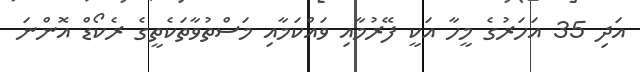
އަދި 35 އަހަރުގެ މީހާ އަކީ ފޭރުމާއި ވައްކަމާއި މަސްތުވާތަކެތީގެ ރެކޯޑް އޮންނަ